Calcutta medical institutions reports 1879-81 [i.e.91]
Year: 1879
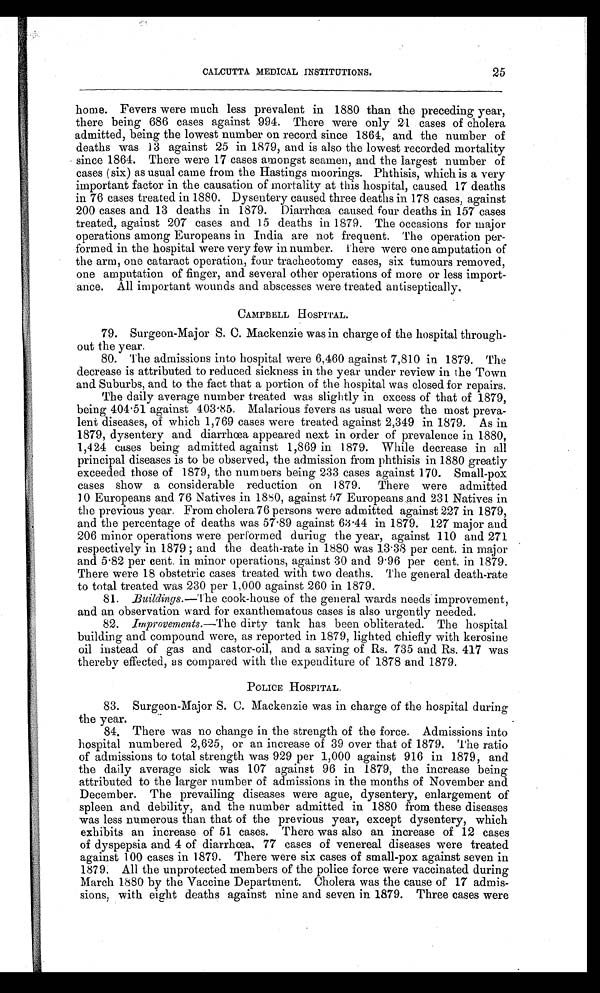
25
CALCUTTA MEDICAL INSTITUTIONS.
home. Fevers were much less prevalent in 1880 than the preceding year,
there being 686 cases against 994. There were only 21 cases of cholera
admitted, being the lowest number on record since 1864, and the number of
deaths was 13 against 25 in 1879, and is also the lowest recorded mortality
since 1864. There were 17 cases amongst seamen, and the largest number of
cases (six) as usual came from the Hastings moorings. Phthisis, which is a very
important factor in the causation of mortality at this hospital, caused 17 deaths
in 76 cases treated in 1880. Dysentery caused three deaths in 178 cases, against
200 cases and 13 deaths in 1879. Diarrhœa caused four deaths in 157 cases
treated, against 207 cases and 15 deaths in 1879. The occasions for major
operations among Europeans in India are not frequent. The operation per
-formed in the hospital were very few in number. There were one amputation of
the arm, one cataract operation, four tracheotomy cases, six tumours removed,
one amputation of finger, and several other operations of more or less import
-
ance. All important wounds and abscesses were treated antiseptically.
CAMPBELL HOSPITAL.
79. Surgeon-Major S. C. Mackenzie was in charge of the hospital through
-
out the year.
80. The admissions into hospital were 6,460 against 7,810 in 1879. The
decrease is attributed to reduced sickness in the year under review in the Town
and Suburbs, and to the fact that a portion of the hospital was closed for repairs.
The daily average number treated was slightly in excess of that of 1879,
being 404.51 against 403.85. Malarious fevers as usual were the most preva
-
lent diseases, of which 1,769 cases were treated against 2,349 in 1879. As in
1879, dysentery and diarrhœa appeared next in order of prevalence in 1880,
1,424 cases being admitted against 1,869 in 1879. While decrease in all
principal diseases is to be observed, the admission from phthisis in 1880 greatly
exceeded those of 1879, the numbers being 233 cases against 170. Small-pox
cases show a considerable reduction on 1879. There were admitted
10 Europeans and 76 Natives in 1880, against 57 Europeans and 231 Natives in
the previous year. From cholera 76 persons were admitted against 227 in 1879,
and the percentage of deaths was 57.89 against 63.44 in 1879. 127 major and
206 minor operations were performed during the year, against 110 and 271
respect i vel y i n 1879; and t he deat h-rat e i n 1880 was 13. 38 per cent . i n maj or
and 5.82 per cent. in minor operations, against 30 and 9.96 per cent. in 1879.
There were 18 obstetric cases treated with two deaths. The general death-rate
to total treated was 230 per 1,000 against 260 in 1879.
81.
Buildings.—The cook-house of the general wards needs improvement,
and an observation ward for exanthematous cases is also urgently needed.
82.
improvements.—The dirty tank has been obliterated. The hospital
building and compound were, as reported in 1879, lighted chiefly with kerosine
oil instead of gas and castor-oil, and a saving of Rs. 735 and Rs. 417 was
thereby effected, as compared with the expenditure of 1878 and 1879.
POLICE HOSPITAL.
83. Surgeon-Major S. C. Mackenzie was in charge of the hospital during
the year.
84. There was no change in the strength of the force. Admissions into
hospital numbered 2,625, or an increase of 39 over that of 1879. The ratio
of admissions to total strength was 929 per 1,000 against 916 in 1879, and
the daily average sick was 107 against 96 in 1879, the increase being
attributed to the larger number of admissions in the months of November and
December. The prevailing diseases were ague, dysentery, enlargement of
spleen and debility, and the number admitted in 1880 from these diseases
was less numerous than that of the previous year, except dysentery, which
exhibits an increase of 51 cases. There was also an increase of 12 cases
of dyspepsia and 4 of diarrhœa, 77 cases of venereal diseases were treated
against 100 cases in 1879. There were six cases of small-pox against seven in
1879. All the unprotected members of the police force were vaccinated during
March 1880 by the Vaccine Department. Cholera was the cause of 17 admis
-
sions, with eight deaths against nine and seven in 1879. Three cases were